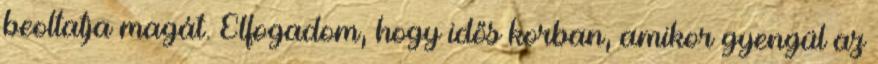
beoltatja magát. Elfogadom, hogy idős korban, amikor gyengül az